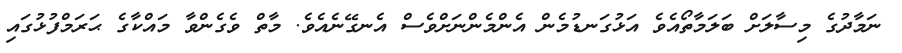
ނަމާދުގެ މިސާލަށް ބަލަމާތޯއެވެ އަޅުގަނޑުމެން އެންމެންނަށްވެސް އެނގޭނެއެވެ. މާތް ވެގެންވާ މައްކާގެ ޙަރަމްފުޅުގައި